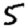
Digit: 5